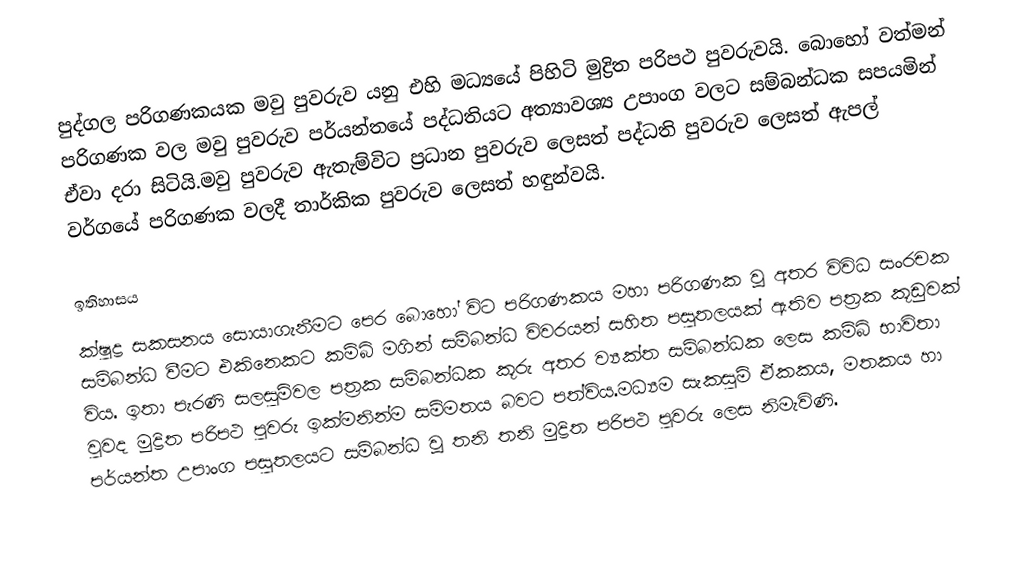
පුද්ගල පරිගණකයක මවු පුවරුව යනු එහි මධ්‍යයේ පිහිටි මුද්‍රිත පරිපථ පුවරුවයි. බොහෝ වත්මන් පරිගණක වල මවු පුවරුව පර්යන්තයේ පද්ධතියට අත්‍යාවශ්‍ය උපාංග වලට සම්බන්ධක සපයමින් ඒවා දරා සිටියි.මවු පුවරුව ඇතැම්විට ප්‍රධාන පුවරුව ලෙසත්  පද්ධති පුවරුව ලෙසත් ඇපල් වර්ගයේ පරිගණක වලදී  තාර්කික පුවරුව ලෙසත් හඳුන්වයි.

ඉතිහාසය
ක්ෂුද්‍ර සකසනය සොයාගැනීමට පෙර බොහෝ විට පරිගණකය මහා පරිගණක වූ අතර විවිධ සංරචක සම්බන්ධ වීමට එකිනෙකට කම්බි මගින් සම්බන්ධ විවරයන් සහිත පසුතලයක් ඇතිව පත්‍රක කූඩුවක් විය. ඉතා පැරණි සලසුම්වල පත්‍රක සම්බන්ධක කූරු අතර ව්‍යක්ත සම්බන්ධක ලෙස කම්බි භාවිතා වුවද මුද්‍රිත පරිපථ පුවරු ඉක්මනින්ම සම්මතය බවට පත්විය.මධ්‍යම සැකසුම් ඒකකය, මතකය හා පර්යන්ත උපාංග පසුතලයට සම්බන්ධ වූ තනි තනි මුද්‍රිත පරිපථ පුවරු ලෙස නිමැවිණි.